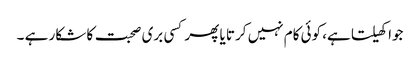
جوا کھیلتا ہے، کوئی کام نہیں کرتا یا پھر کسی بری صحبت کا شکار ہے ۔